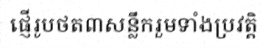
ផ្ញើរូបថត៣សន្លឹករួមទាំងប្រវត្តិ